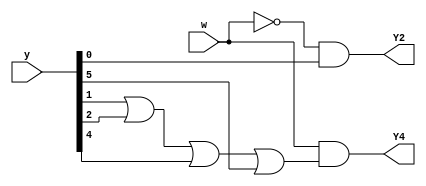
module top_module (
    input [6:1] y,
    input w,
    output Y2,
    output Y4);
    
	parameter A=1,B=2,C=3,D=4,E=5,F=6;
    reg [6:1] state;
    
    // State transition logic: Derive an equation for each state flip-flop.
    assign state[A] = w&(y[A]|y[D]);
    assign state[B] = (~w)&y[A];
    assign state[C] = (~w)&(y[B]|y[F]);
    assign state[D] = w&(y[B]|y[C]|y[E]|y[F]);
    assign state[E] = (~w)&(y[C]|y[E]);
    assign state[F] = (~w)&(y[D]);


    // Output logic: 
    assign Y2 = state[B];
    assign Y4 = state[D];
endmodule